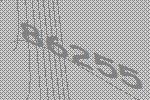
86255